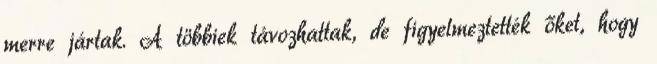
merre jártak. A többiek távozhattak, de figyelmeztették őket, hogy